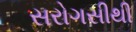
સરોગસીથી